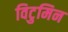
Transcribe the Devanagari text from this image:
विटुमिन